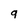
Character: q